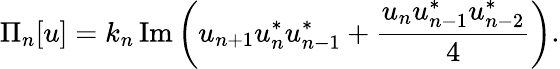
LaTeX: \Pi_{n}[u]=k_{n}\, \mathrm{Im}\left(u_{n+1}u_{n}^{*}u_{n-1}^{*}+\frac{u_{n}u_{n-1}^{*}u_{n-2}^{*}}{4}\right).